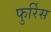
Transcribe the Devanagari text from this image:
फुर्रिेस